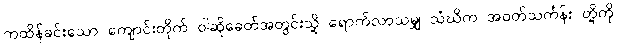
ကထိန်ခင်းသော ကျောင်းတိုက် ဝါဆိုခေတ်အတွင်းသို့ ရောက်လာသမျှ သံဃိက အဝတ်သင်္ကန်း တို့ကို